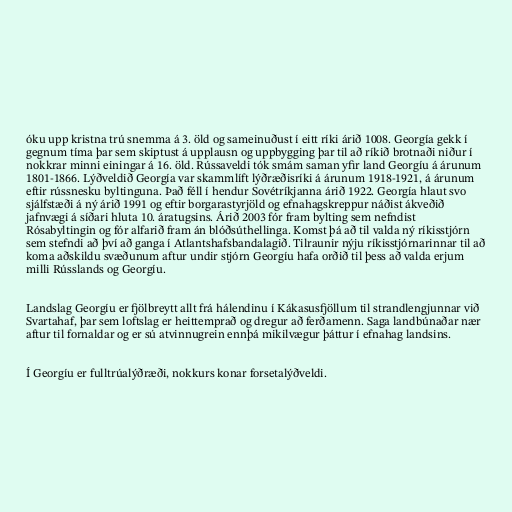
óku upp kristna trú snemma á 3. öld og sameinuðust í eitt ríki árið 1008. Georgía gekk í
gegnum tíma þar sem skiptust á upplausn og uppbygging þar til að ríkið brotnaði niður í
nokkrar minni einingar á 16. öld. Rússaveldi tók smám saman yfir land Georgíu á árunum
1801-1866. Lýðveldið Georgía var skammlíft lýðræðisríki á árunum 1918-1921, á árunum
eftir rússnesku byltinguna. Það féll í hendur Sovétríkjanna árið 1922. Georgía hlaut svo
sjálfstæði á ný árið 1991 og eftir borgarastyrjöld og efnahagskreppur náðist ákveðið
jafnvægi á síðari hluta 10. áratugsins. Árið 2003 fór fram bylting sem nefndist
Rósabyltingin og fór alfarið fram án blóðsúthellinga. Komst þá að til valda ný ríkisstjórn
sem stefndi að því að ganga í Atlantshafsbandalagið. Tilraunir nýju ríkisstjórnarinnar til að
koma aðskildu svæðunum aftur undir stjórn Georgíu hafa orðið til þess að valda erjum
milli Rússlands og Georgíu.

Landslag Georgíu er fjölbreytt allt frá hálendinu í Kákasusfjöllum til strandlengjunnar við
Svartahaf, þar sem loftslag er heittemprað og dregur að ferðamenn. Saga landbúnaðar nær
aftur til fornaldar og er sú atvinnugrein ennþá mikilvægur þáttur í efnahag landsins.

Í Georgíu er fulltrúalýðræði, nokkurs konar forsetalýðveldi.